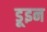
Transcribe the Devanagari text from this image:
डूइन